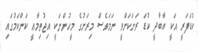
ކުޑަފަރީ އަކީ އާބާދީ ކުޑަ ރަށަކަށްވީ ނަމަވެސް މިރަށުގެ މީހުންނަކީ އިޖުތިމާޢީ ކަންކަމުގައި